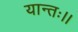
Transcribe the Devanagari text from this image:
यान्तः।।